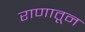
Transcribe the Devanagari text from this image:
राणातून